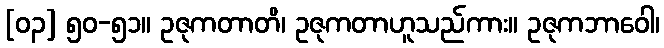
[၀၃] ၅၀-၅၁။ ဥဇုကတာတိ၊ ဥဇုကတာဟူသည်ကား။ ဥဇုကဘာဝေါ၊